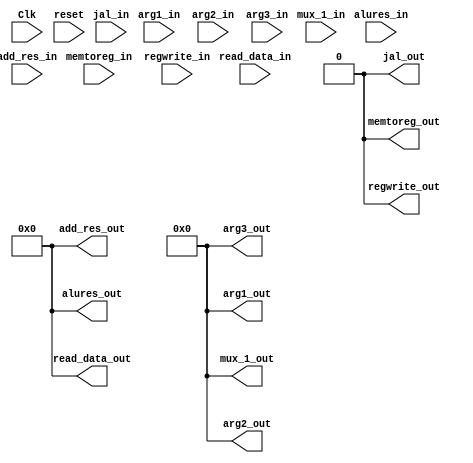
`timescale 1ns / 1ps
//////////////////////////////////////////////////////////////////////////////////
// Company: 
// Engineer: 
// 
// Design Name: 
// Module Name: MEM_WB
// Project Name: 
// Target Devices: 
// Tool Versions: 
// Description: 
// 
// Dependencies: 
// 
// Revision:
// Revision 0.01 - File Created
// Additional Comments:
// 
//////////////////////////////////////////////////////////////////////////////////


module MEM_WB(
    input Clk,
    input reset,
    
    input [31:0] read_data_in,
    input [31:0] alures_in,
    input memtoreg_in,
    input regwrite_in,
    input [4:0] arg1_in,
    input [4:0] arg2_in,
    input [4:0] arg3_in,
    input [4:0] mux_1_in,
    input jal_in,
    input [31:0] add_res_in,
    
    output reg memtoreg_out,
    output reg regwrite_out,
    output reg [31:0] read_data_out,
    output reg [31:0] alures_out,
    output reg [4:0] arg1_out,
    output reg [4:0] arg2_out,
    output reg [4:0] arg3_out,
    output reg [4:0] mux_1_out,
    output reg jal_out,
    output reg [31:0] add_res_out
    
    );
    always @ (posedge Clk) 
    begin
        memtoreg_out=memtoreg_in;
        regwrite_out=regwrite_in;
        read_data_out=read_data_in;
        alures_out=alures_in;
        arg1_out=arg1_in;
        arg2_out=arg2_in;
        arg3_out=arg3_in;
        mux_1_out=mux_1_in;
        jal_out=jal_in;
        add_res_out=add_res_in;
    end
    always @(reset)
    begin 
        memtoreg_out=0;
        regwrite_out=0;
        read_data_out=0;
        alures_out=0;
        arg1_out=0;
        arg2_out=0;
        arg3_out=0;
        mux_1_out=0;
        jal_out=0;
        add_res_out=0;
    end
        
endmodule